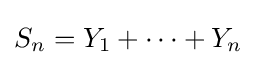
S_{n}=Y_{1}+\dots +Y_{n}